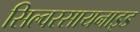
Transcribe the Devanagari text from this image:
सिल्वरसायनाइड